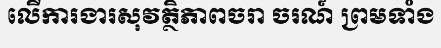
លើការងារសុវត្ថិភាពចរា ចរណ៍ ព្រមទាំង